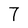
Character: 7